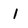
Character: I